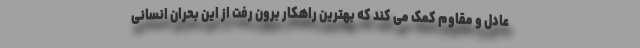
عادل و مقاوم کمک می کند که بهترین راهکار برون رفت از این بحران انسانی